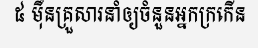
៥ ម៉ឺនគ្រួសារនាំឲ្យចំនួនអ្នកក្រកើន